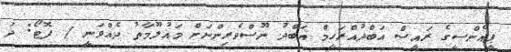
ޕީއެންސީގެ ރައީސް އަބްދުއްރަހީމް އަބްދު ނޫސްވެރިންނަށް މައުލޫމާތު ދެއްވަނީ / ފޮޓޯ: ދަ